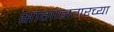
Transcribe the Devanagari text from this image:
भागानगरच्या